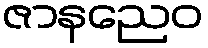
ဇာနညေဝ